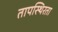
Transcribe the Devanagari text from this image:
तापस्थिरता